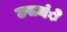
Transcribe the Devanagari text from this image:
उसमंे